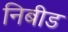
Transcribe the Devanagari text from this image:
निबीड